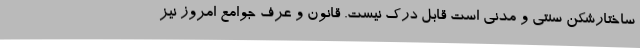
ساختارشکن سنتی و مدنی است قابل درک نیست. قانون و عرف جوامع امروز نیز